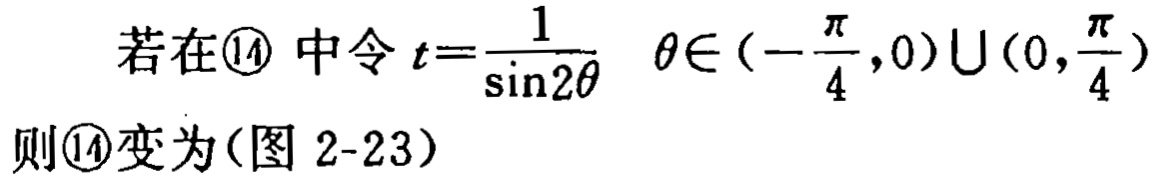
若在\textcircled{14} 中令 \(t = \frac{1}{\sin2\theta}\) ，\(\theta\in\left(-\frac{\pi}{4},0\right)\cup\left(0,\frac{\pi}{4}\right)\)则\textcircled{14}变为(图 2-23)